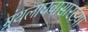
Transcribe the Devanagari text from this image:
ग्रंथलाघवासारख्या